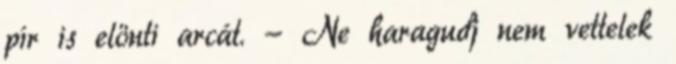
pír is elönti arcát. - Ne haragudj nem vettelek